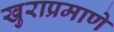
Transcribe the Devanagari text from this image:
खुराप्रमाणे